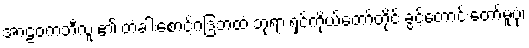
အာဠဝကဘီလူး၏ တံခါးစောင့်ဂဒြဘထံ ဘုရားရှင်ကိုယ်တော်တိုင် ခွင့်တောင်းတော်မူပုံ၊